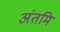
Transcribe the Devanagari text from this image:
अंतमि